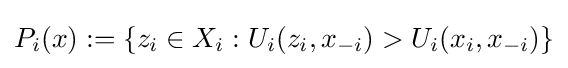
P_{i}(x):=\{z_{i}\in X_{i}:U_{i}(z_{i},x_{-i})>U_{i}(x_{i},x_{-i})\}